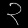
Digit: ၃